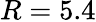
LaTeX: R=5.4